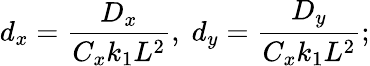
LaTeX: d_{x}=\frac{D_{x}}{C_{x}k_{1}L^{2}},\; d_{y}=\frac{D_{y}}{C_{x}k_{1}L^{2}};